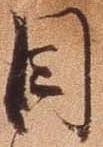
目